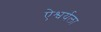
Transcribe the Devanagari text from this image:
ऐश्वर्यला